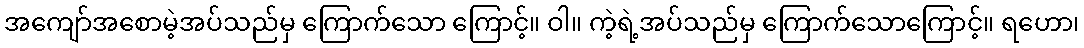
အကျော်အစောမဲ့အပ်သည်မှ ကြောက်သော ကြောင့်။ ဝါ။ ကဲ့ရဲ့အပ်သည်မှ ကြောက်သောကြောင့်။ ရဟော၊